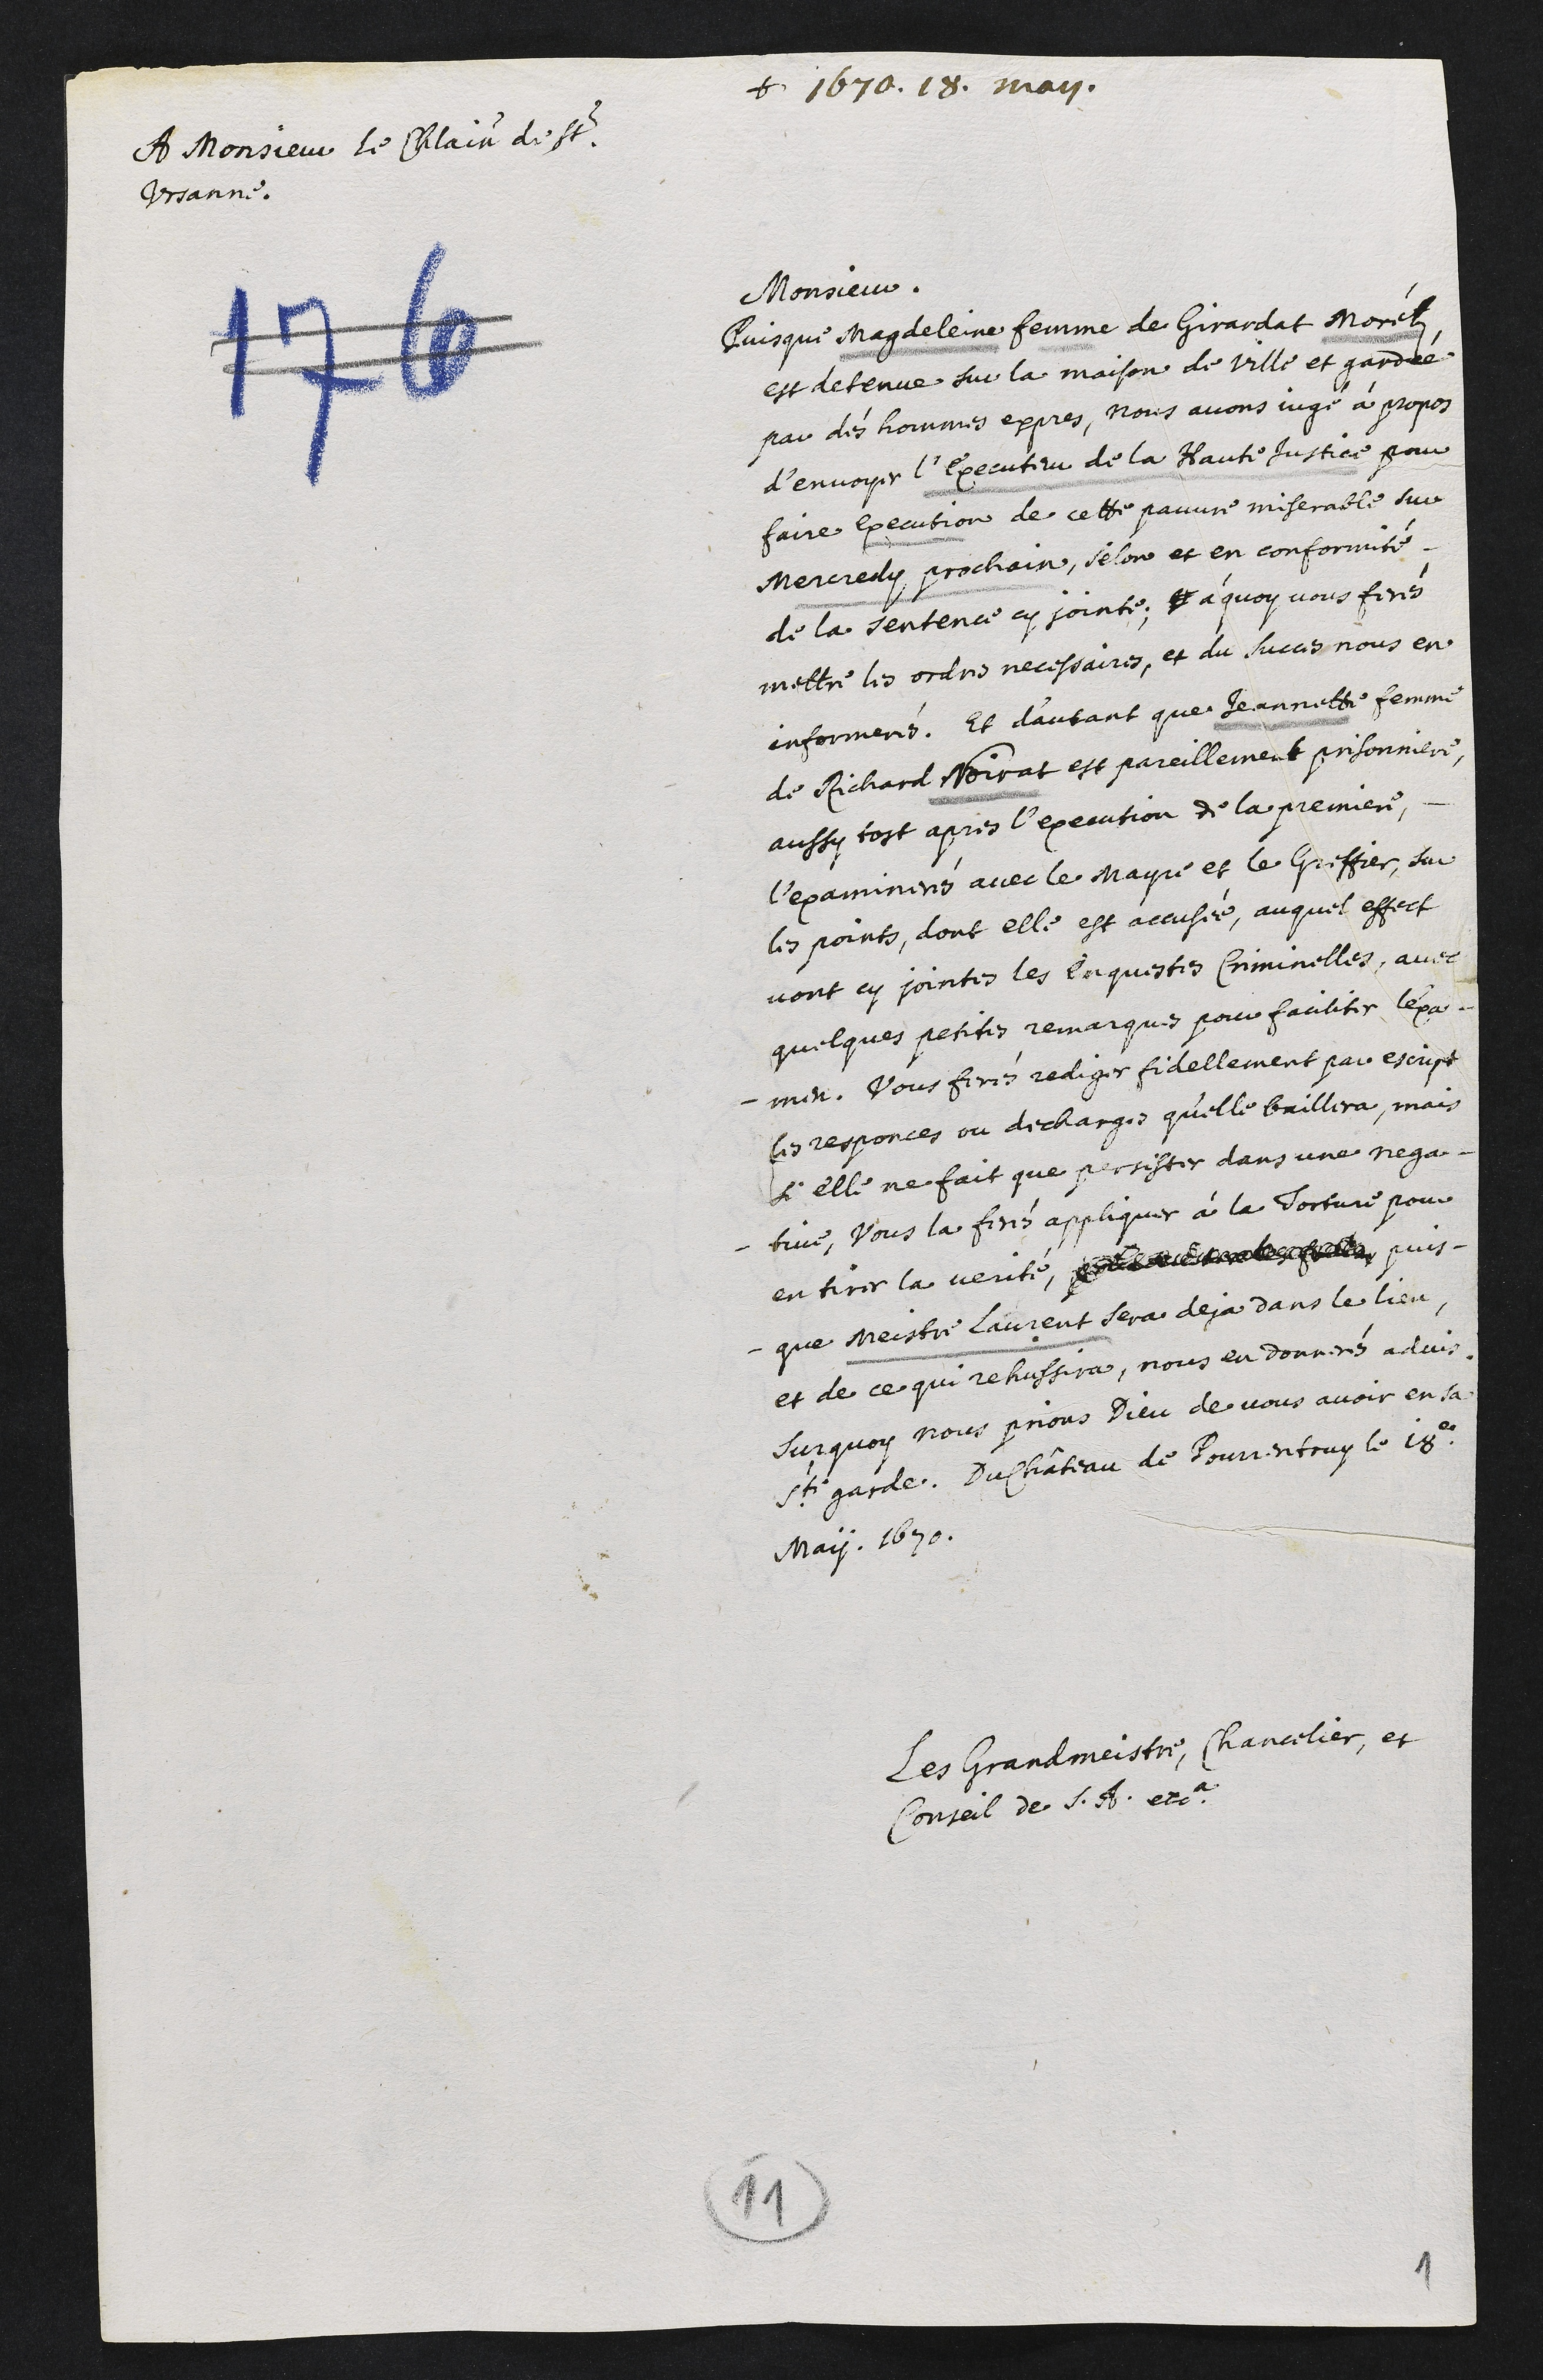
+ 1670. 18. may.
A monsieur le châtelain de St.
Ursanne.
Monsieur,
Puisque Magdeleine femme de Girardat Morélz,
est detenue sur la maison de ville et gardée
par dés hommes expres, nous avons jugé à propos
d’envoyer l’executeur de la Haute Justice pour
faire execution de cette pauvre miserable sur
mercredy prochain, selon et en conformité
de la sentence cy jointe, et à quoy vous ferés
mettre les ordres necessaires, et du succes nous en
informerés. Et d’autant que Jeannette femme
de Richard Noirat est pareillement prisonniere,
aussi tost l’execution de la premiere,
l’examinerés avec le mayre et le greffier, sur
les points, dont elle est accusée. Auquel effect
vont cy jointes les enquestes criminelles, avec
quelques petites remarques pour faciliter l’exa-
-men. Vous ferés rediger fidellement par escript
les responces ou decharges qu’elle baillera, mais
si elle ne fait que persister dans une nega-
- tive, vous la ferés appliquer à la torture pour
en tirer la verité, ????????????????? puis-
que meistre Laurent sera deja dans le lieu.
Et de ce qui rehussira, nous en donnerés advis.
Surquoy nous prions Dieu de vous avoir en sa
S.te garde. Du château de Pourrentruy le 18e
May. 1670.
Les Grandmeistre, Chancelier, et
Conseil de son Altesse etca